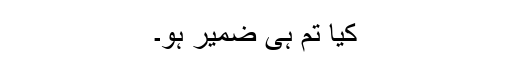
کیا تم ہی ضمیر ہو۔